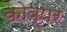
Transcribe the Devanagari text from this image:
कोव्पर